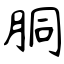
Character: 胴